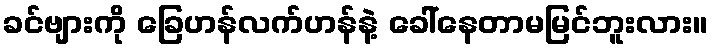
ခင်ဗျားကို ခြေဟန်လက်ဟန်နဲ့ ခေါ်နေတာမမြင်ဘူးလား။